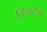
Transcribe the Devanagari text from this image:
सिपाहीओं